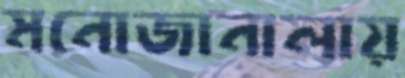
মনোজানালায়